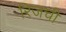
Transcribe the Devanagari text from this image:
रिजची